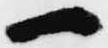
一